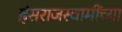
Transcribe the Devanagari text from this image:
हंसराजस्वामींच्या